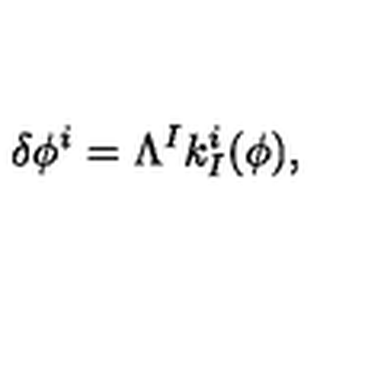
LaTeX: \delta \phi ^ { i } = \Lambda ^ { I } k _ { I } ^ { i } ( \phi ) ,